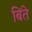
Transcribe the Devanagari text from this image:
बिंते